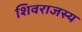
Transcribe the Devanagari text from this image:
शिवराजस्य